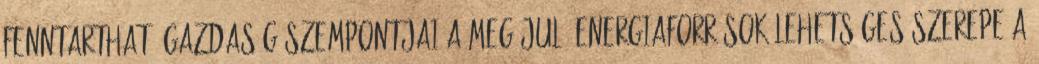
Fenntartható gazdaság szempontjai A MEGÚJULÓ ENERGIAFORRÁSOK LEHETSÉGES SZEREPE A